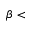
\beta <